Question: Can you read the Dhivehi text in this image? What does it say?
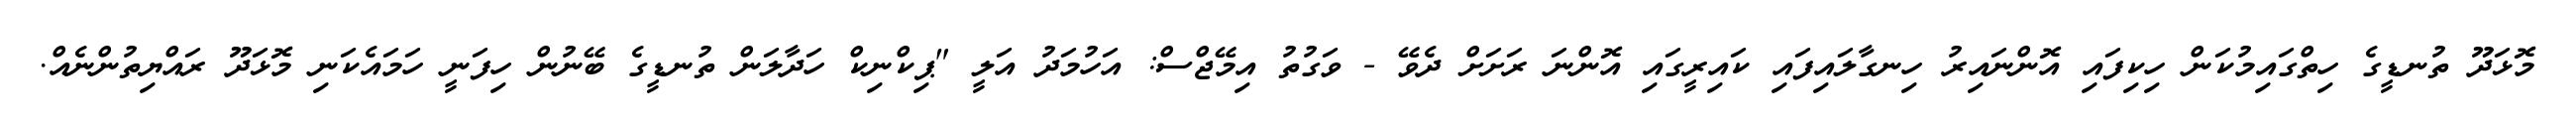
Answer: މޮޅަދޫ ތުނޑީގެ ހިތްގައިމުކަން ހިކިފައި އޮންނައިރު ހިނގާލައިފައި ކައިރީގައި އޮންނަ ރަށަށް ދެވޭ - ވަގުތު އިމޭޖްސް: އަހުމަދު އަލީ "ޕިކްނިކް ހަދާލަން ތުނޑީގެ ބޭނުން ހިފަނީ ހަމައެކަނި މޮޅަދޫ ރައްޔިތުންނެއް.